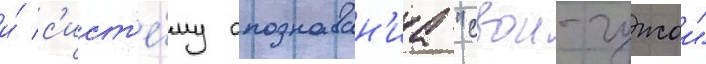
и́ с'ист'е́му опознаван'иа "свои-чужои"